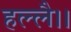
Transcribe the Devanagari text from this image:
हल्लै।।